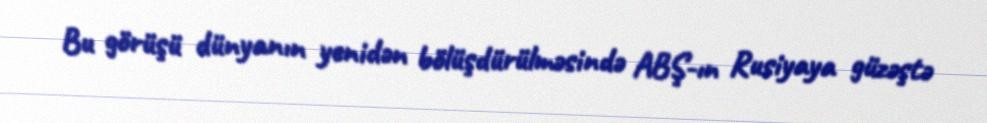
Bu görüşü dünyanın yenidən bölüşdürülməsində ABŞ-ın Rusiyaya güzəştə